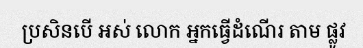
ប្រសិនបើ អស់ លោក អ្នកធ្វើដំណើរ តាម ផ្លូវ